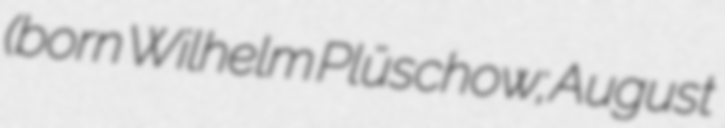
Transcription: (born Wilhelm Plüschow; August